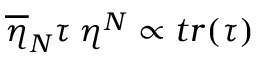
\overline { { { \eta } } } _ { N } \tau \: \eta ^ { N } \propto t r ( \tau )